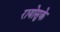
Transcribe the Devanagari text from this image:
रायोसुके